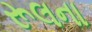
રૂલના